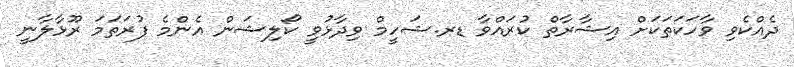
ދެއްކެވި ވާހަކަތަކަށް އިޝާރާތް ކުރައްވާ ޑރ.ޝަހީމް ވިދާޅުވީ ކޯލިޝަން އެންމެ ފުރަތަމަ ރޫޅާލާނީ